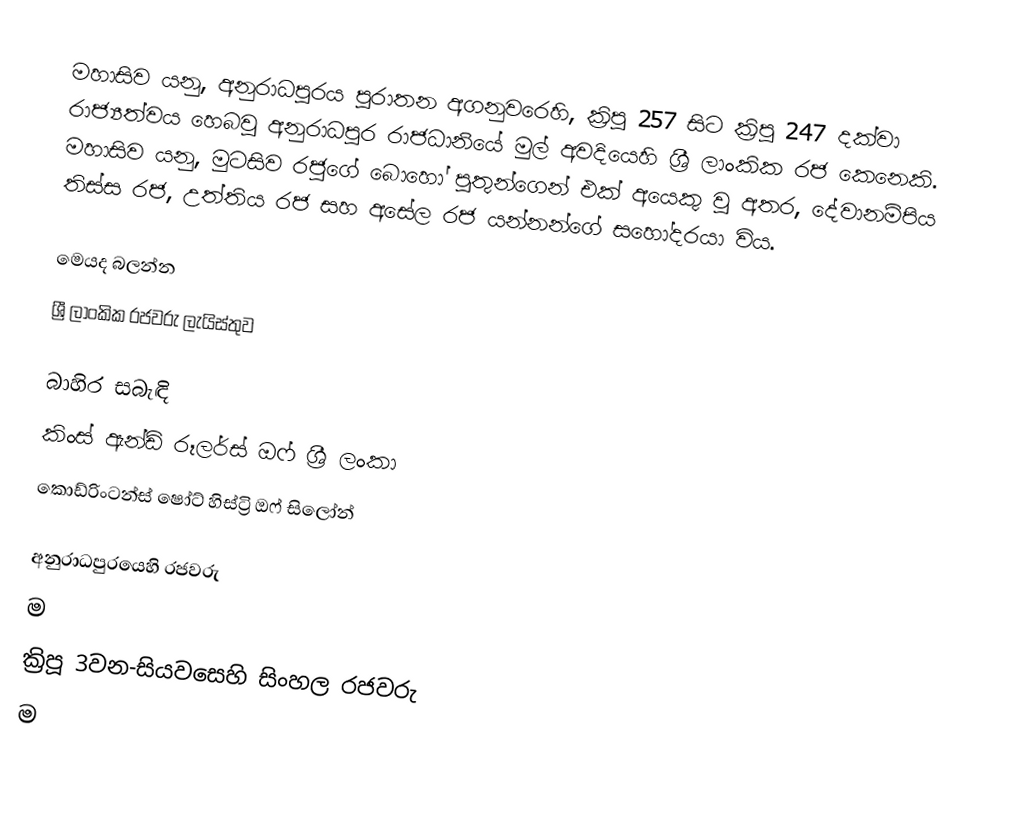
මහාසිව යනු, අනුරාධපුරය පුරාතන අගනුවරෙහි, ක්‍රිපූ 257 සිට ක්‍රිපූ 247 දක්වා රාජ්‍යත්වය හෙබවූ අනුරාධපුර රාජධානියේ මුල් අවදියෙහි ශ්‍රී ලාංකික රජ කෙනෙකි.    මහාසිව යනු,  මුටසිව රජුගේ බොහෝ පුතුන්ගෙන් එක් අයෙකු වූ අතර, දේවානම්පිය තිස්ස රජ, උත්තිය රජ සහ අසේල රජ යන්නන්ගේ සහෝදරයා විය.

මෙයද බලන්න
 ශ්‍රී ලාංකික රජවරු ලැයිස්තුව

බාහිර සබැඳි
 කිංස් ඇන්ඩ් රූලර්ස් ඔෆ් ශ්‍රී ලංකා
 කොඩ්රිංටන්ස් ෂෝට් හිස්ට්‍රි ඔෆ් සිලෝන්

අනුරාධපුරයෙහි රජවරු
ම
ක්‍රිපූ 3වන-සියවසෙහි සිංහල රජවරු
ම